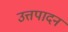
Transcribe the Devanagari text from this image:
उत्तपादन